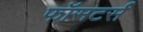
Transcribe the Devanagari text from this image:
फॉसटर्स